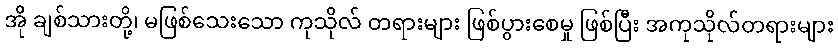
အို ချစ်သားတို့၊ မဖြစ်သေးသော ကုသိုလ် တရားများ ဖြစ်ပွားစေမှု ဖြစ်ပြီး အကုသိုလ်တရားများ